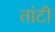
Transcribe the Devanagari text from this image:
तांटी